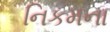
નિકમના